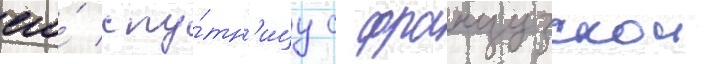
его́ спу́тн'ицу с французскои